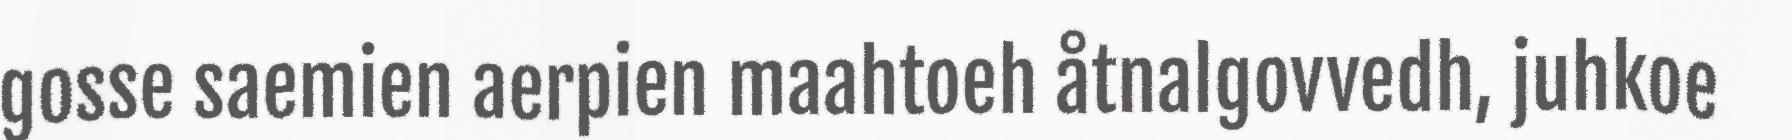
gosse saemien aerpien maahtoeh åtnalgovvedh, juhkoe